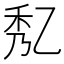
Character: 𠃯